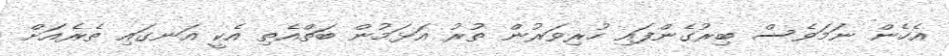
އެހެން ނަމަވެސް ބިރުގެންފައި ހުރިވަރުން ތުރު އަޅަމުން ބަތްއެތި އެކީ އަނގައި ތެރެއަށް